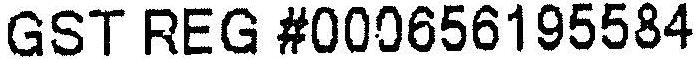
GST REG #000656195584